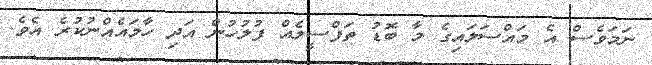
ނަމަވެސް އެ މައްސަލައިގެ މާ ބޮޑު ތަފްސީލެއް ފުލުހުން އަދި ހާމައެއްނުކުރެ އެވެ.